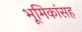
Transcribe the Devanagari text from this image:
भूमिकांसह